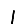
Digit: 1